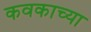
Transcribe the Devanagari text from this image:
कवकाच्या